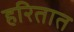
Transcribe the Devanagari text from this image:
हरितात